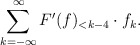
\begin{align*} \sum_{\substack{k=-\infty}}^\infty F'(f)_{<k-4}\cdot f_k.\end{align*}